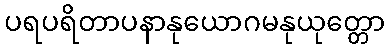
ပရပရိတာပနာနုယောဂမနုယုတ္တော